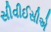
સીવીઈસીએ